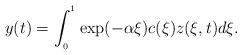
LaTeX: \begin{align*}y(t)=\int_{_{0}}^{^{1}}\exp (-\alpha \xi )c(\xi )z(\xi ,t)d\xi.\end{align*}